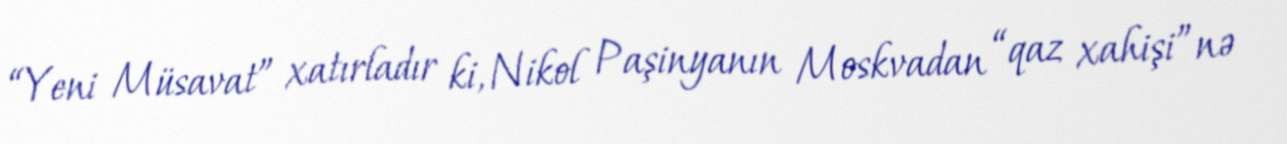
“Yeni Müsavat” xatırladır ki, Nikol Paşinyanın Moskvadan “qaz xahişi”nə